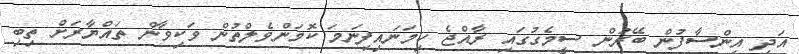
އަދި އިންސާފުން ބޭރުން ސީމެގުގައި ރާއްޖެ ހިމަނައިފިނަމަ ކޮމަންވެލްތުން ވަކިވާން ތައްޔާރަށް ތިބި